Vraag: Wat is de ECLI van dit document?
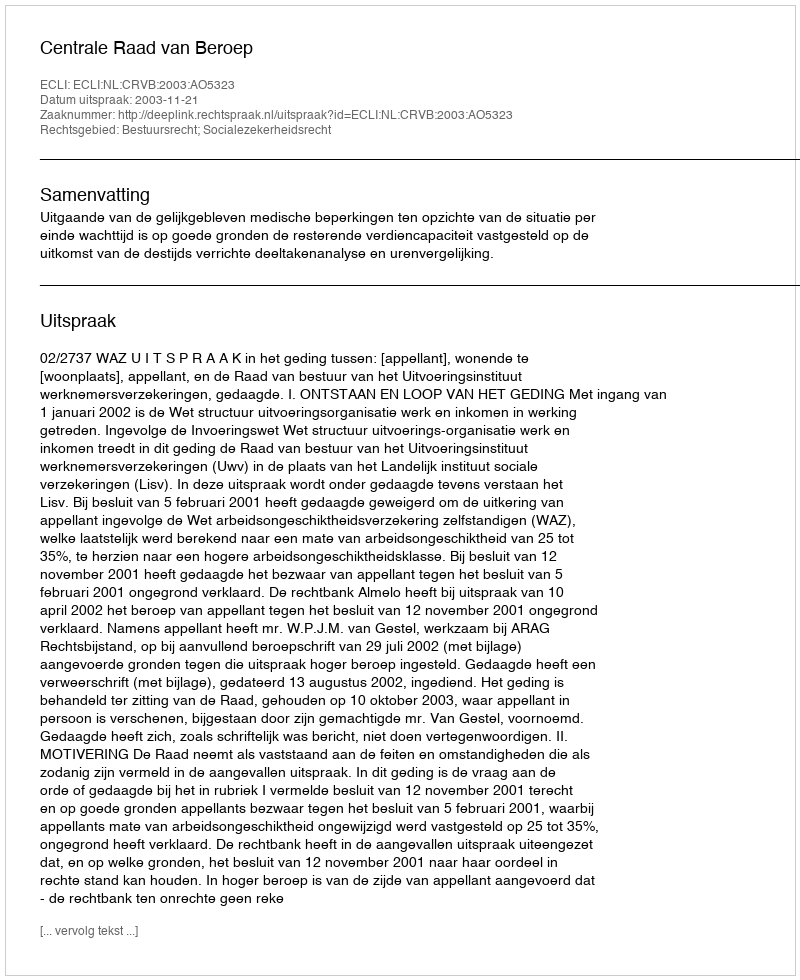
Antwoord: ECLI:NL:CRVB:2003:AO5323